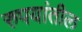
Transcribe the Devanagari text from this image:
रुपयांतील